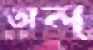
অল্